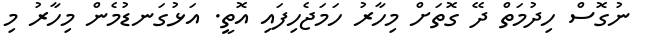
ނުގޮސް ހިދުމަތް ދޭ ގޮތަށް މިހާރު ހަމަޖެހިފައި އޮތީ. އަޅުގަނޑުމެން މިހާރު މި